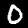
Label: 0